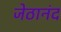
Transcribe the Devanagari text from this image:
जेठानंद